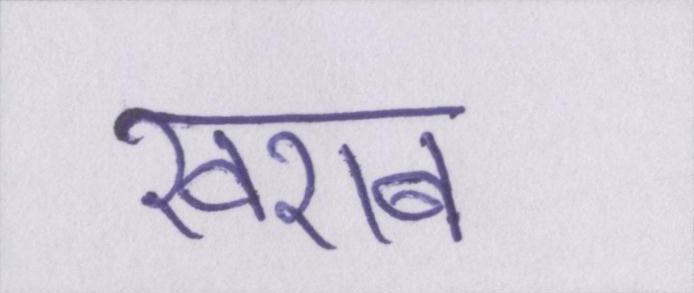
खराब